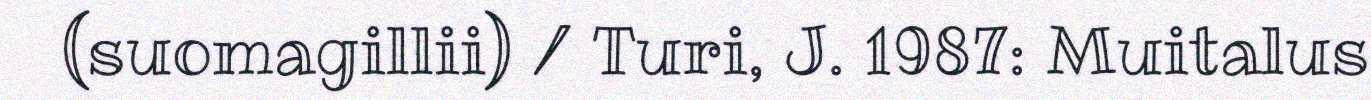
(suomagillii) / Turi, J. 1987: Muitalus